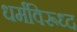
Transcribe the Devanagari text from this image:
धर्मविरूध्द